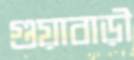
গুয়াবাড়ী